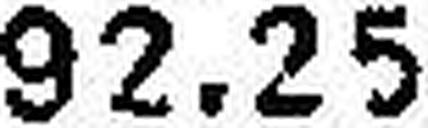
92.25